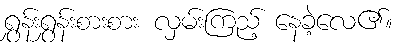
ရွှန်းရွှန်းစားစား လှမ်းကြည့် နေခဲ့လေ၏။